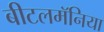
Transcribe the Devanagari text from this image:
बीटलमॅनिया